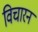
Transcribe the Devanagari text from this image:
विचारन